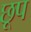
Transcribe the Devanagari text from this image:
छूप